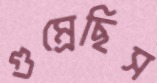
গুম্‌রেছিস